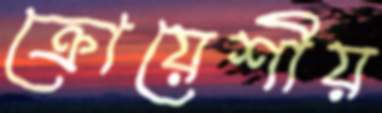
ক্রোয়েশীয়